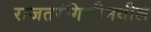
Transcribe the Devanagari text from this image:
राजतरंगिणीमधील